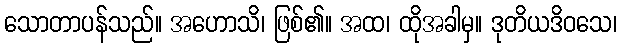
သောတာပန်သည်။ အဟောသိ၊ ဖြစ်၏။ အထ၊ ထိုအခါမှ။ ဒုတိယဒိဝသေ၊